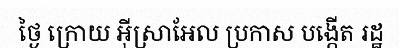
ថ្ងៃ ក្រោយ អ៊ីស្រាអែល ប្រកាស បង្កើត រដ្ឋ